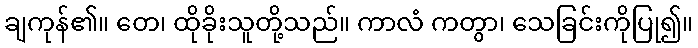
ချကုန်၏။ တေ၊ ထိုခိုးသူတို့သည်။ ကာလံ ကတွာ၊ သေခြင်းကိုပြု၍။